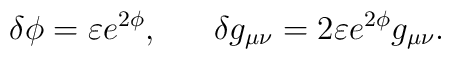
\delta\phi=\varepsilon e^{2\phi},\ \ \ \ \ \delta g_{\mu\nu}=2\varepsilon e^{2\phi}g_{\mu\nu}.